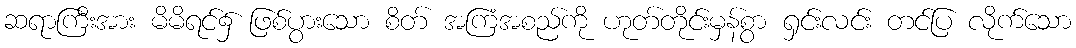
ဆရာကြီးအား မိမိရင်၌ ဖြစ်ပွားသော စိတ် အကြံအစည်ကို ဟုတ်တိုင်းမှန်စွာ ရှင်းလင်း တင်ပြ လိုက်သော